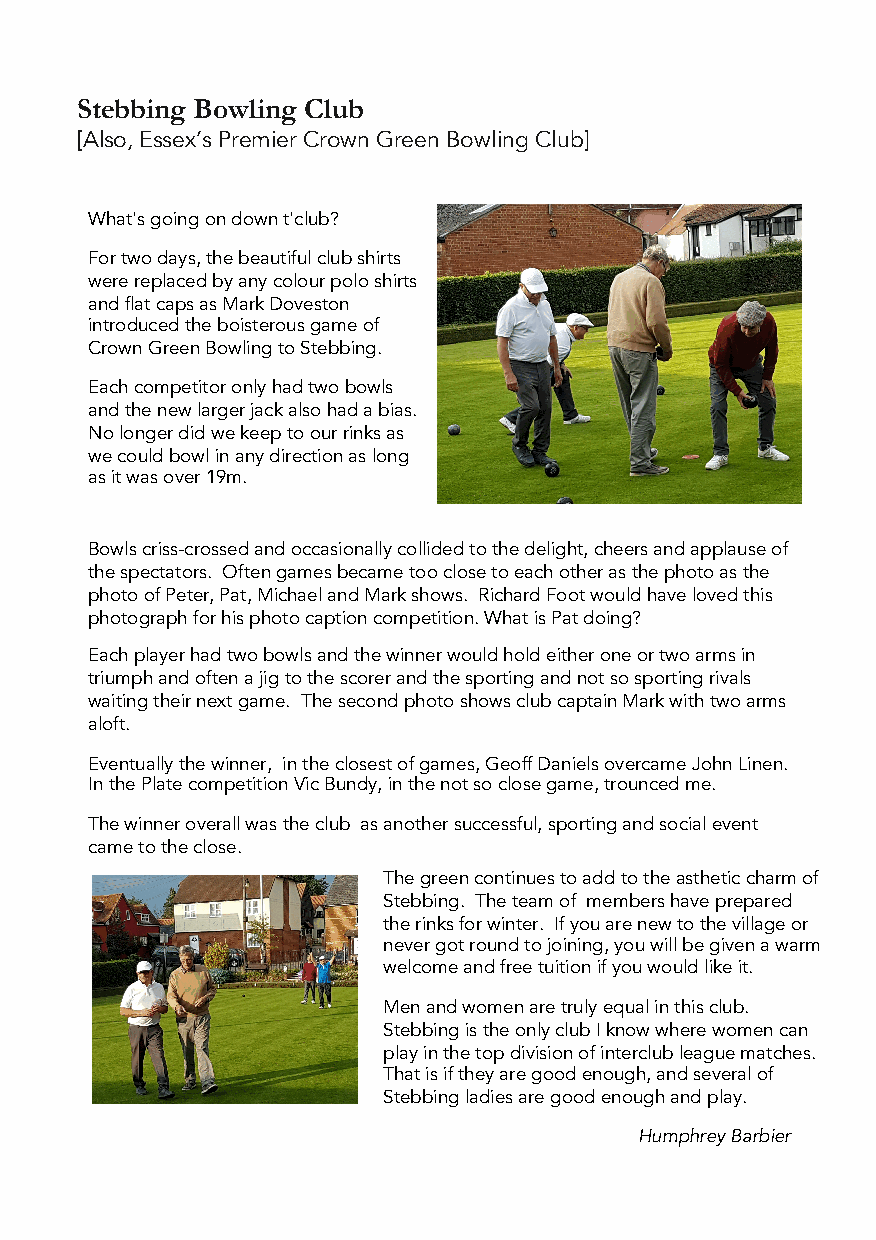
Stebbing Bowling Club
 [Also, Essex’s Premier Crown Green Bowling Club]
 What's going on down t'club?
 For two days, the beautiful club shirts
 were replaced by any colour polo shirts
 and flat caps as Mark Doveston
 introduced the boisterous game of
 Crown Green Bowling to Stebbing.
 Each competitor only had two bowls
 and the new larger jack also had a bias.
 No longer did we keep to our rinks as
 we could bowl in any direction as long
 as it was over 19m.
 Bowls criss-crossed and occasionally collided to the delight, cheers and applause of
 the spectators. Often games became too close to each other as the photo as the
 photo of Peter, Pat, Michael and Mark shows. Richard Foot would have loved this
 photograph for his photo caption competition. What is Pat doing?
 Each player had two bowls and the winner would hold either one or two arms in
 triumph and often a jig to the scorer and the sporting and not so sporting rivals
 waiting their next game. The second photo shows club captain Mark with two arms
 aloft.
 Eventually the winner, in the closest of games, Geoff Daniels overcame John Linen.
 In the Plate competition Vic Bundy, in the not so close game, trounced me.
 The winner overall was the club as another successful, sporting and social event
 came to the close.
 The green continues to add to the astheticcharm of
 Stebbing. The team of members have prepared
 the rinks for winter. If you are new to the village or
 never got round to joining, you will be given a warm
 welcome and free tuition if you would like it.
 Men and women are truly equal in this club.
 Stebbingis the only club I know where women can
 play in the top division of interclub league matches.
 That is if they are good enough, and several of
 Stebbingladies are good enough and play.
 Humphrey Barbier